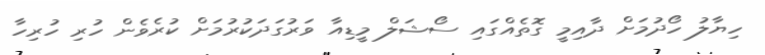
ހިޔާލު ހޯދުމަށް ދާއިމީ ގޮތެއްގައި ސޯޝަލް މީޑިއާ ވަރުގަދަކުރުމަށް ކުރެވެން ހުރި ހުރިހާ